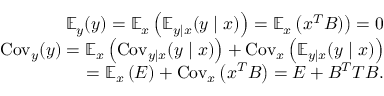
\begin{array} { r } { \mathbb { E } _ { y } ( y ) = \mathbb { E } _ { x } \left( \mathbb { E } _ { y \mid x } ( y \mid x ) \right) = \mathbb { E } _ { x } \left( x ^ { T } B ) \right) = 0 } \\ { \operatorname { C o v } _ { y } ( y ) = \mathbb { E } _ { x } \left( \operatorname { C o v } _ { y \mid x } ( y \mid x ) \right) + \operatorname { C o v } _ { x } \left( \mathbb { E } _ { y \mid x } ( y \mid x ) \right) } \\ { = \mathbb { E } _ { x } \left( E \right) + \operatorname { C o v } _ { x } \left( x ^ { T } B \right) = E + B ^ { T } T B . } \end{array}